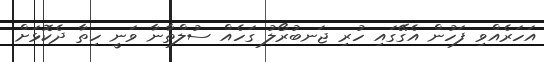
އަހަރެއްވި ފަހުން އެގޭގައި ހުރި ޖަނބުރޯލު ގަހެއް ސުލްތާނާ ވަނީ ހިތާ ދެކޮޅަށް